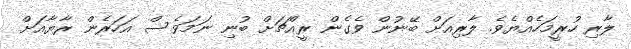
ލާރި ހުރީމަހެއްޔެވެ. ލާރިއަށް ބޭނުން ވެގެން ރީއްޗަށް ބުނި ނަމަވެސް އަަހަރެން ރާޔާއަށް